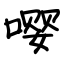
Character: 嘤